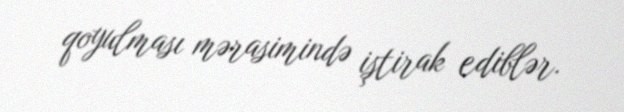
qoyulması mərasimində iştirak ediblər.